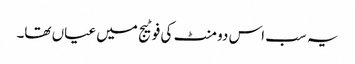
یہ سب اس دو منٹ کی فوٹیج میں عیاں تھا۔